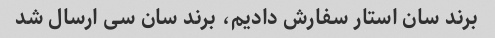
برند سان استار سفارش دادیم، برند سان سی ارسال شد